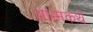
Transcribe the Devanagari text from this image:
आत्मकथे